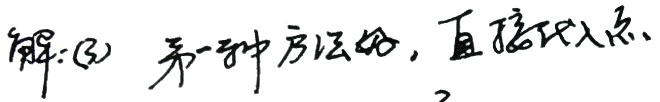
解：(3) 第一种方法好，直接代入点